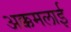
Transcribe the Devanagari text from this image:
अक्कमलाई